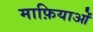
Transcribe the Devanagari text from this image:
माफ़ियाओं